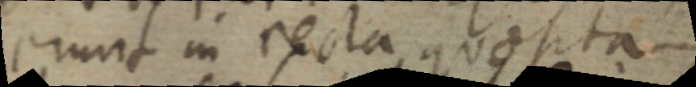
erunt in recta quaesita